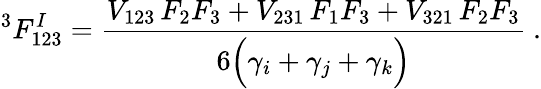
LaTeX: ^3F_{123}^{I}=\frac{V_{123}\, F_{2}F_{3}+V_{231}\, F_{1}F_{3}+V_{321}\, F_{2}F_{3}}{6\Big(\gamma_{i}+\gamma_{j}+\gamma_{k}\Big)}\ .